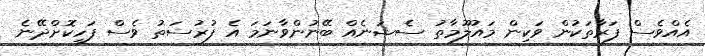
އެއްވެސް ފަރާތަކުން ވަކިން މައުލޫމާތު ސެޝަނެއް ބޭނުންވާނަމަ އެ ފުރުސަތު ވެސް ފަހިކޮށްދޭނެ